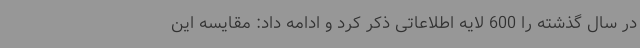
در سال گذشته را 600 لایه اطلاعاتی ذکر کرد و ادامه داد: مقایسه این